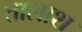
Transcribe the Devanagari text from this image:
तालाश